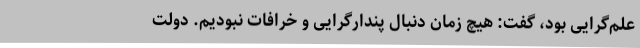
علم‌گرایی بود، گفت: هیچ زمان دنبال پندارگرایی و خرافات نبودیم. دولت